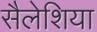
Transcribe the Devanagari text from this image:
सैलेशिया